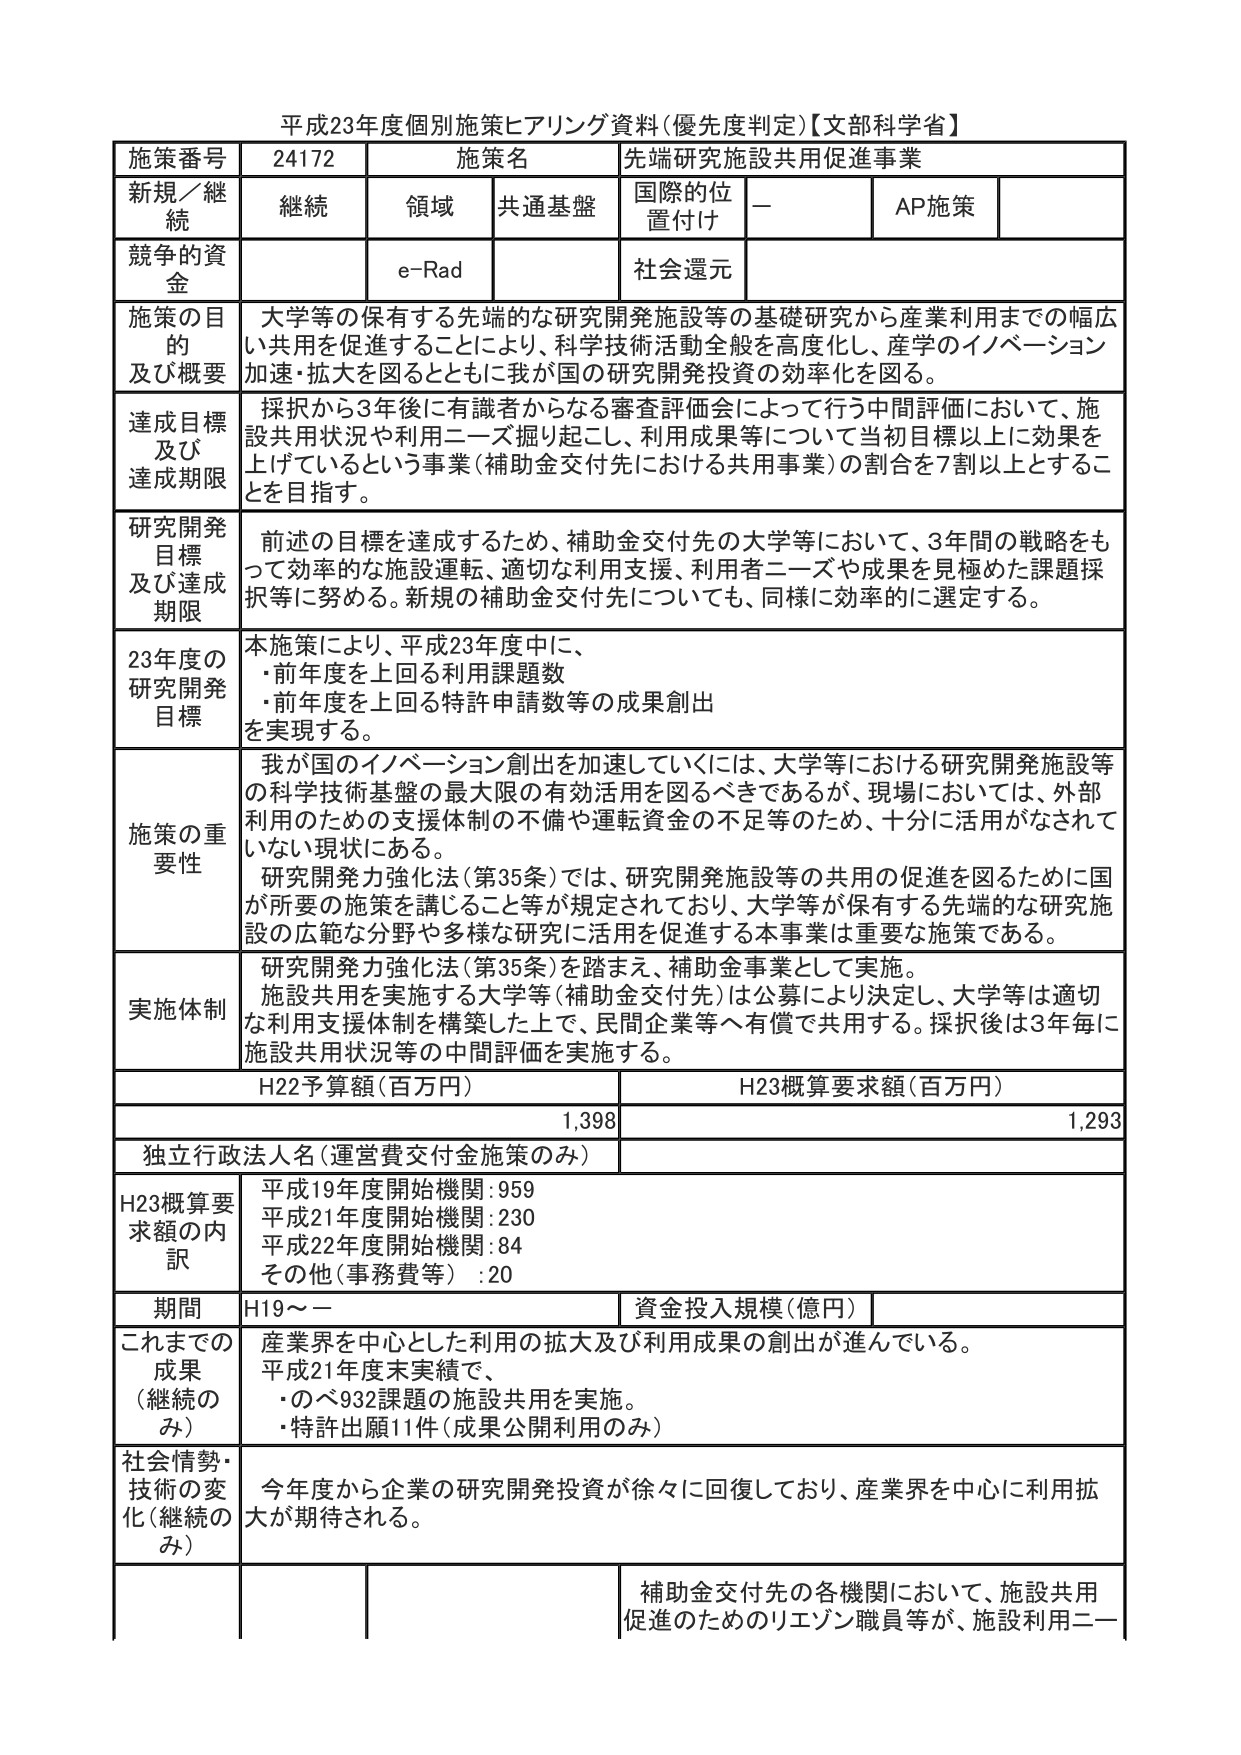
平成23年度個別施策ヒアリング資料(優先度判定)【文部科学省】

施策番号 24172 施策名 先端研究施設共用促進事業
新規／継続 継続 領域 共通基盤 国際的位置付け － AP施策
競争的資金 e-Rad 社会還元
施策の目的及び概要 大学等の保有する先端的な研究開発施設等の基礎研究から産業利用までの幅広い共用を促進することにより、科学技術活動全般を高度化し、産学のイノベーション加速・拡大を図るとともに我が国の研究開発投資の効率化を図る。
達成目標及び達成期限 採択から3年後に有識者からなる審査評価会によって行う中間評価において、施設共用状況や利用ニーズ掘り起こし、利用成果等について当初目標以上に効果を上げているという事業（補助金交付先における共用事業）の割合を7割以上とすることを目指す。
研究開発目標及び達成期限 前述の目標を達成するため、補助金交付先の大学等において、3年間の戦略をもって効率的な施設運転、適切な利用支援、利用者ニーズや成果を見極めた課題採択等に努める。新規の補助金交付先についても、同様に効率的に選定する。
23年度の研究開発目標 本施策により、平成23年度中に、
・前年度を上回る利用課題数
・前年度を上回る特許申請数等の成果創出
を実現する。
施策の重要性 我が国のイノベーション創出を加速していくには、大学等における研究開発施設等の科学技術基盤の最大限の有効活用を図るべきであるが、現場においては、外部利用のための支援体制の不備や運転資金の不足等のため、十分に活用がなされていない現状にある。
研究開発力強化法（第35条）では、研究開発施設等の共用の促進を図るために国が所要の施策を講じること等が規定されており、大学等が保有する先端的な研究施設の広範な分野や多様な研究に活用を促進する本事業は重要な施策である。
実施体制 研究開発力強化法（第35条）を踏まえ、補助金事業として実施。
施設共用を実施する大学等（補助金交付先）は公募により決定し、大学等は適切な利用支援体制を構築した上で、民間企業等へ有償で共用する。採択後は3年毎に施設共用状況等の中間評価を実施する。
H22予算額（百万円） 1,398 H23概算要求額（百万円） 1,293
独立行政法人名（運営費交付金施策のみ）
H23概算要求額の内訳 平成19年度開始機関：959
平成21年度開始機関：230
平成22年度開始機関：84
その他（事務費等）：20
期間 H19～－ 資金投入規模（億円）
これまでの成果（継続のみ） 産業界を中心とした利用の拡大及び利用成果の創出が進んでいる。
平成21年度末実績で、
・のべ932課題の施設共用を実施。
・特許出願11件（成果公開利用のみ）
社会情勢・技術の変化（継続のみ） 今年度から企業の研究開発投資が徐々に回復しており、産業界を中心に利用拡大が期待される。
補助金交付先の各機関において、施設共用促進のためのリエゾン職員等が、施設利用ニー